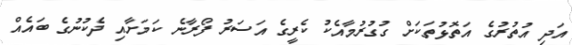
އަދި އުތުރުގެ އަތޮޅުތަކަށް ގުގުރުމާއެކު ކެރީގެ އަސަރު ފޯރާނެ ކަމަށާއި ދެކުނުގެ ބައެއް